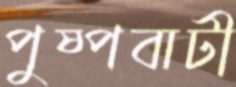
পুষ্পবাটী